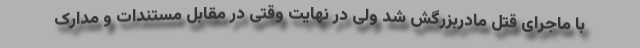
با ماجرای قتل مادربزرگش شد ولی در نهایت وقتی در مقابل مستندات و مدارک